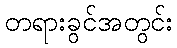
တရားခွင်အတွင်း